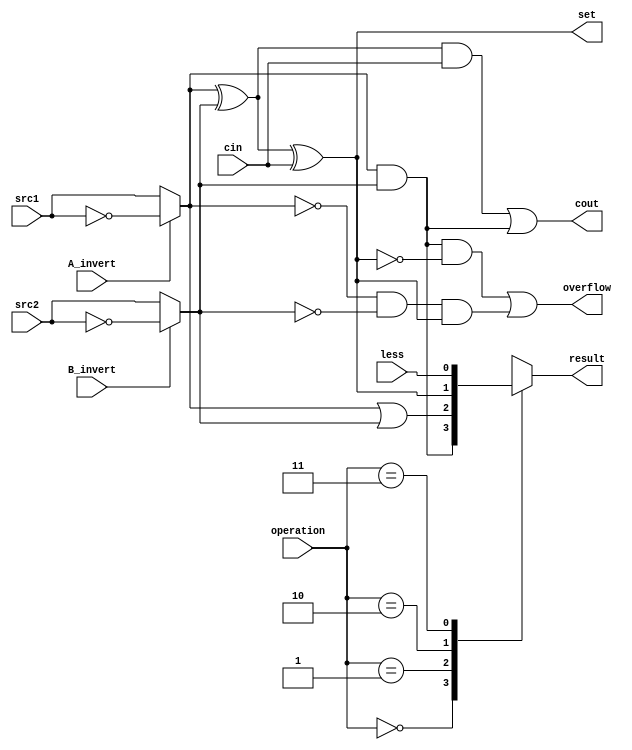
// 0716018

//////////////////////////////////////////////////////////////////////////////////
// Company:
// Engineer:
//
// Design Name:
// Module Name:    alu
// Project Name:
// Target Devices:
// Tool versions:
// Description:
//
// Dependencies:
//
// Revision:
// Revision 0.01 - File Created
// Additional Comments:
//
//////////////////////////////////////////////////////////////////////////////////
module alu_bottom(
               src1,       //1 bit source 1 (input)
               src2,       //1 bit source 2 (input)
               less,       //1 bit less     (input)
               A_invert,   //1 bit A_invert (input)
               B_invert,   //1 bit B_invert (input)
               cin,        //1 bit carry in (input)
               operation,  //operation      (input)
               result,     //1 bit result   (output)
               cout,       //1 bit carry out(output)
               set,
               overflow
               );

input         src1;
input         src2;
input         less;
input         A_invert;
input         B_invert;
input         cin;
input [2-1:0] operation;

output        result;
output        cout;
output        overflow;
output        set;

wire	    [2:0] tmp;
wire	          src1_temp;
wire	          src2_temp;
reg           result;


assign src1_temp = (A_invert)?(~src1):(src1);
assign src2_temp = (B_invert)?(~src2):(src2);
assign tmp[0] = src1_temp & src2_temp;
assign tmp[1] = src1_temp | src2_temp;
assign tmp[2] = (src1_temp ^ src2_temp)^ cin;
assign cout = ((src1_temp ^ src2_temp) & cin)|(src1_temp & src2_temp);
assign overflow = (src1_temp == 1 & src2_temp == 1 & tmp[2] == 0) | (src1_temp == 0 & src2_temp == 0 & tmp[2] == 1);
assign set = tmp[2];

always@(*)
begin
	case (operation)
		2'b00: result = tmp[0];
		2'b01: result = tmp[1];
		2'b10: result = tmp[2];
		2'b11: result = less;
	endcase
end

endmodule